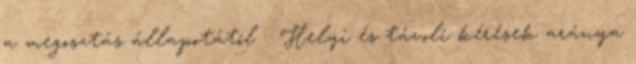
a megosztás állapotától ● Helyi és távoli kérések aránya